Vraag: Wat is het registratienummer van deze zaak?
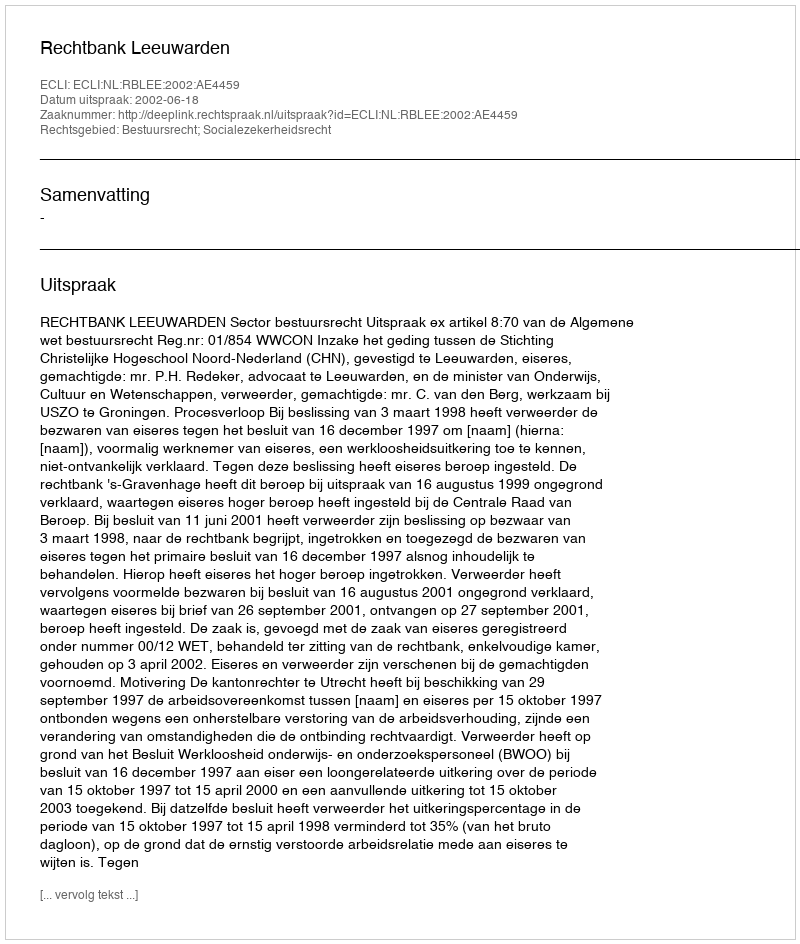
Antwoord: http://deeplink.rechtspraak.nl/uitspraak?id=ECLI:NL:RBLEE:2002:AE4459